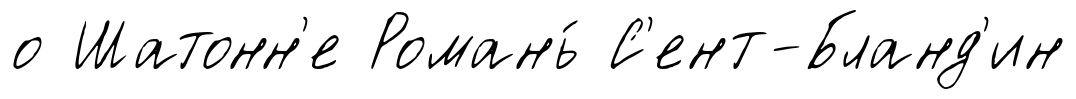
о Шатонн'е Романь́ С'ент-Бланд'ин